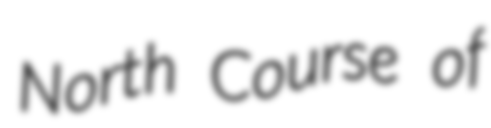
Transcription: North Course of